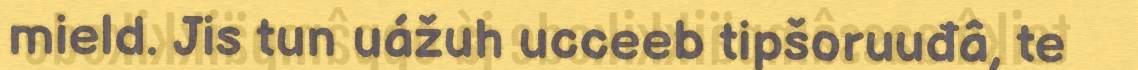
mield. Jis tun uážuh ucceeb tipšoruuđâ, te